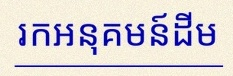
រកអនុគមន៍ដើម